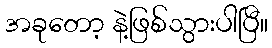
အခုတော့ နဲ့ဖြစ်သွားပါပြီ။